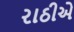
રાઠીએ